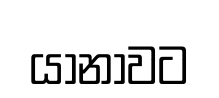
යානාවට